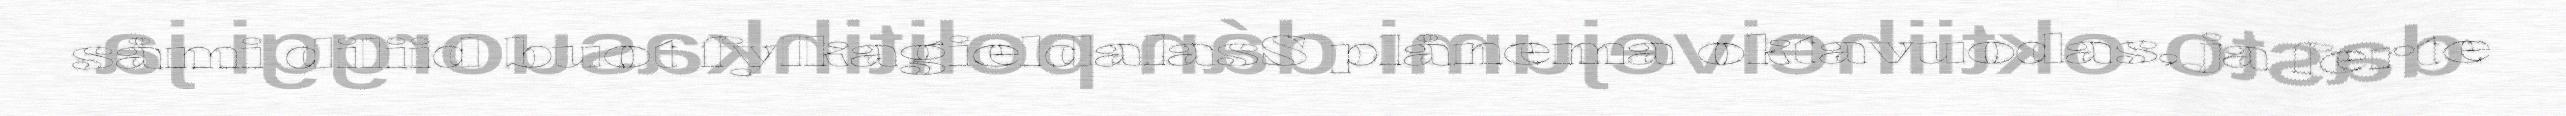
såmi diliid buot fylkagieldalasS plånema oktavuodas, ja ferte